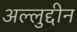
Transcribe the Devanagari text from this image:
अल्लुद्दीन